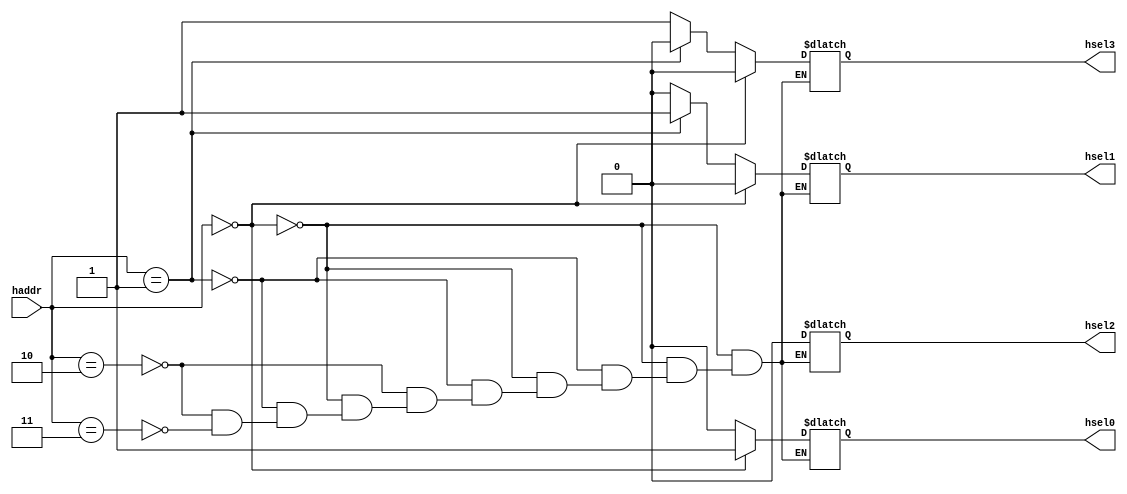
`timescale 1ns / 1ps
//////////////////////////////////////////////////////////////////////////////////
// Company: 
// Engineer: 
// 
// Design Name: 
// Module Name:    decoder 
// Project Name: 
// Target Devices: 
// Tool versions: 
// Description: 
//
// Dependencies: 
//
// Revision: 
// Revision 0.01 - File Created
// Additional Comments: 
//
//////////////////////////////////////////////////////////////////////////////////
module decoder(output reg hsel0,hsel1,hsel2,hsel3,
input [1:0]haddr
    );

always @(haddr)
 begin
  if(haddr==2'b00) begin
    hsel0=1'b1;
	 hsel1=1'b0;
	 hsel2=1'b0;
	 hsel3=1'b0;
	 end
	else if(haddr==2'b01) begin
    hsel0=1'b0;
	 hsel1=1'b1;
	 hsel2=1'b0;
	 hsel3=1'b0;
	 end
	 else if(haddr==2'b10) begin
    hsel0=1'b0;
	 hsel1=1'b0;
	 hsel2=1'b0;
	 hsel3=1'b1;
	 end
	 else if(haddr==2'b11) begin
    hsel0=1'b0;
	 hsel1=1'b0;
	 hsel2=1'b0;
	 hsel3=1'b1;
	 end
	 end
	 

endmodule